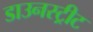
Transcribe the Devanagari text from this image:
डाउनस्ट्रीट